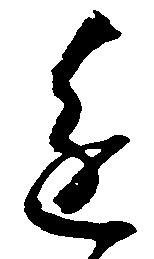
進